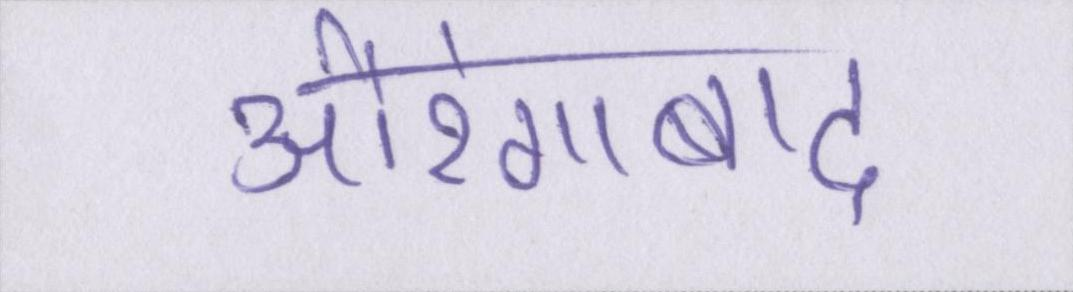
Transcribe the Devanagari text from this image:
औरंगाबाद